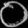
Digit: ၀